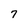
Character: 7